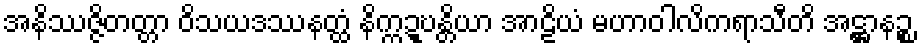
အနိဿဇ္ဇိတတ္တာ ဝိသယဒဿနတ္ထံ နိက္ကဍ္ဎန္တိယာ အာဠိယံ မဟာဝါလိကရာသီတိ အဋ္ဌာနဉ္စ